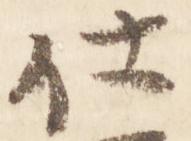
仕